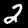
Label: 2